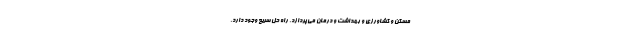
مسکن و کشاورزی و بهداشت و درمان می‌پردازد. راه حل سریع وجود دارد.